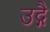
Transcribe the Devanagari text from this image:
उद्गै